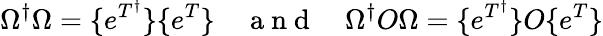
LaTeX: \Omega^{\dagger}\Omega=\{ e^{T^{\dagger}}\} \{ e^{T}\} \quad\mathrm{~a~n~d~}\quad\Omega^{\dagger}O\Omega=\{ e^{T^{\dagger}}\} O\{ e^{T}\}